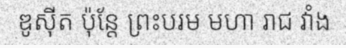
ឌូស៊ីត ប៉ុន្តែ ព្រះបរម មហា រាជ វាំង